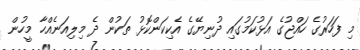
މި ފަހަރުގެ ހައްޖުގެ އަޅުކަމުގައި ދުނިޔޭގެ އެކިކަންކޮޅު ތަކުން ދެ މިލިއަނެއްހާ މީހުން